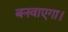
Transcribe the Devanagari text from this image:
बनवाएगा।